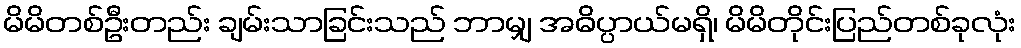
မိမိတစ်ဦးတည်း ချမ်းသာခြင်းသည် ဘာမျှ အဓိပ္ပာယ်မရှိ၊ မိမိတိုင်းပြည်တစ်ခုလုံး